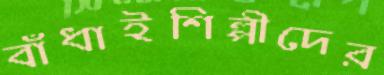
বাঁধাইশিল্পীদের